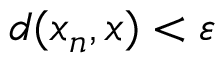
d ( x _ { n } , x ) < \varepsilon